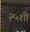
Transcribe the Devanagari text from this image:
२५शी